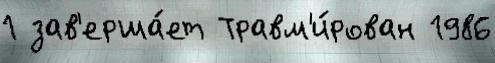
1 зав'ерша́ет Травм'и́рован 1986